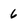
Character: 6